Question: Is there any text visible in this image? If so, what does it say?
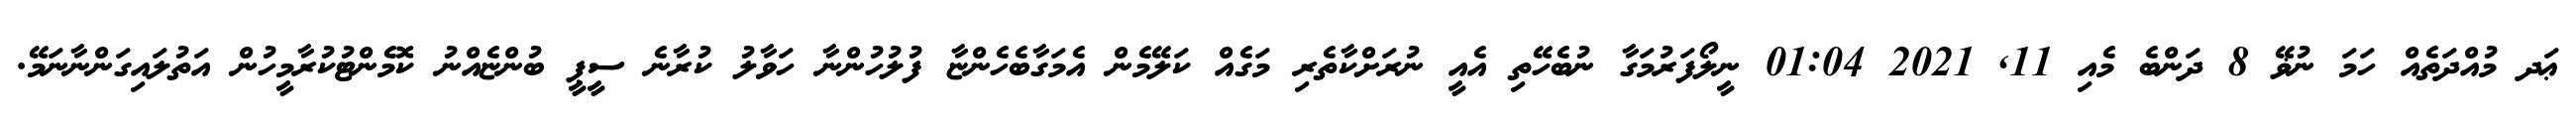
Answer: ޢަދ މުއްދަތެއް ހަމަ ނުޥޭ 8 ދަންބެ މެއި 11, 2021 01:04 ނީލޯފަރުމަގާ ނުބެހޭތި އެއީ ނުރަށްކާތެރި މަގެއް ކަލޭމެން އެމަގާބެހެންޏާ ފުލުހުންނާ ހަވާލު ކުރާނެ ސީޕީ ބުންޏެއްނު ކޮމެންޓުކުރާމީހުން އަތުލައިގަންނާނަމޭ.